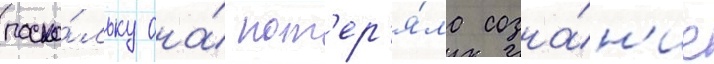
поско́льку она́ пот'ер'я́ла созна́н'ие